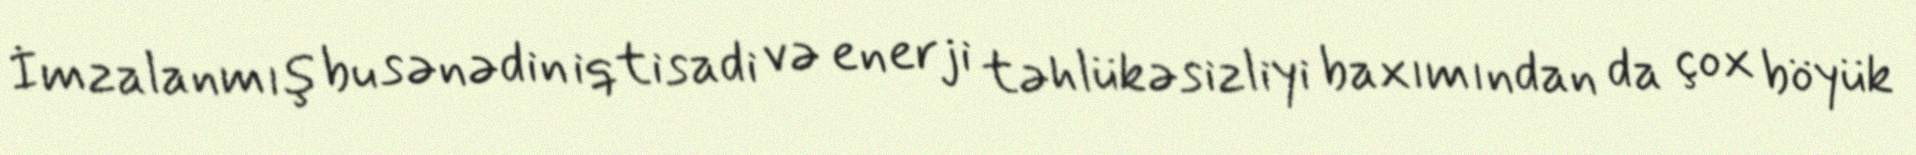
İmzalanmış bu sənədin iqtisadi və enerji təhlükəsizliyi baxımından da çox böyük